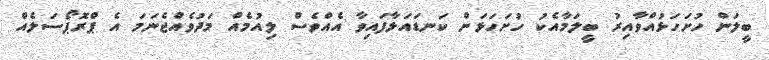
ބީލަން ހުށަހަޅުއްވާއިރު ބީލަމާއެކު ހުށަހަޅަން ކަނޑައަޅާފައިވާ އެއްވެސް ލިއުމެއް މަދުވެއްޖެނަމަ އެ ޕްރޮޕޯސަލެއް